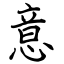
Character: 意